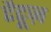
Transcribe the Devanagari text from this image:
टैटूज़